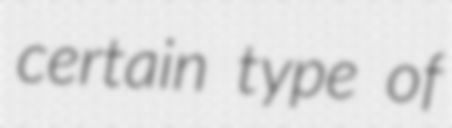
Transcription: certain type of